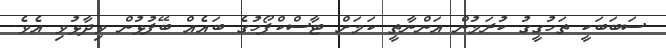
ސަބަބަކީ ތަހުގީގު ކުރަމުން އަންނާތީ ކަމަށް ޓާސްކްފޯހުގެ ބައެއް ބޭފުޅުން ވިދާޅުވި އެވެ.